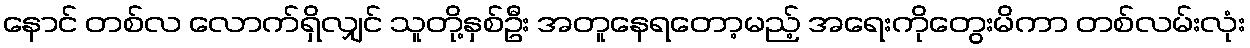
နောင် တစ်လ လောက်ရှိလျှင် သူတို့နှစ်ဦး အတူနေရတော့မည့် အရေးကိုတွေးမိကာ တစ်လမ်းလုံး